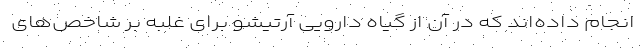
انجام داده‌اند که در آن از گیاه دارویی آرتیشو برای غلبه بر شاخص‌های